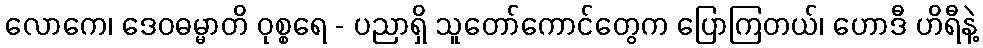
လောကေ၊ ဒေဝဓမ္မာတိ ဝုစ္စရေ - ပညာရှိ သူတော်ကောင်တွေက ပြောကြတယ်၊ ဟောဒီ ဟိရီနဲ့